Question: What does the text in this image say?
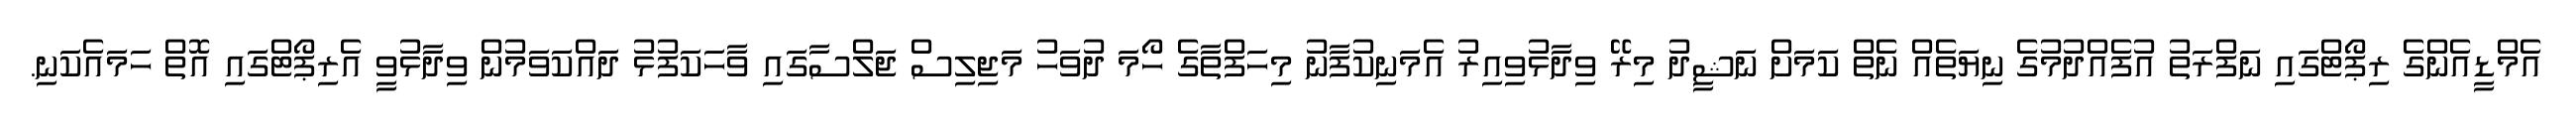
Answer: އެމްޑީއެންގެ ރިޕޯޓްގައި ނަފްރަތު އުފެއްދުމުގެ ނިޔަތެއް ނެތް ކަމަށް ނަޝީދު މިރޭ ވިދާޅުވިއިރު އެމަނިކުފާނު މިހަފްތާގެ ހޯމަ ދުވަހު މަޖިލިސް ޖަލްސާގައި ވާހަކަފުޅު ދައްކަވަމުން ވިދާޅުވީ އެރިޕޯޓްގައި އޮތް ހަމައެކަނި.